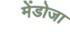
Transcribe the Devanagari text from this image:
मेंडोजा